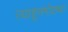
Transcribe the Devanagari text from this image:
त्याहूनमोठ्या